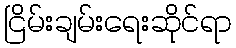
ငြိမ်းချမ်းရေးဆိုင်ရာ